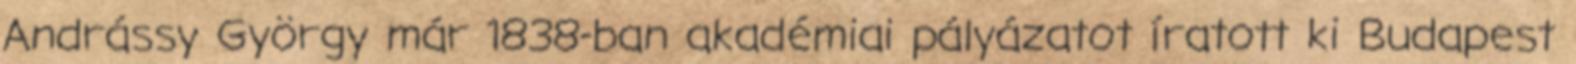
Andrássy György már 1838-ban akadémiai pályázatot íratott ki Budapest